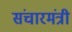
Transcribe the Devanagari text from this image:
संचारमंत्री